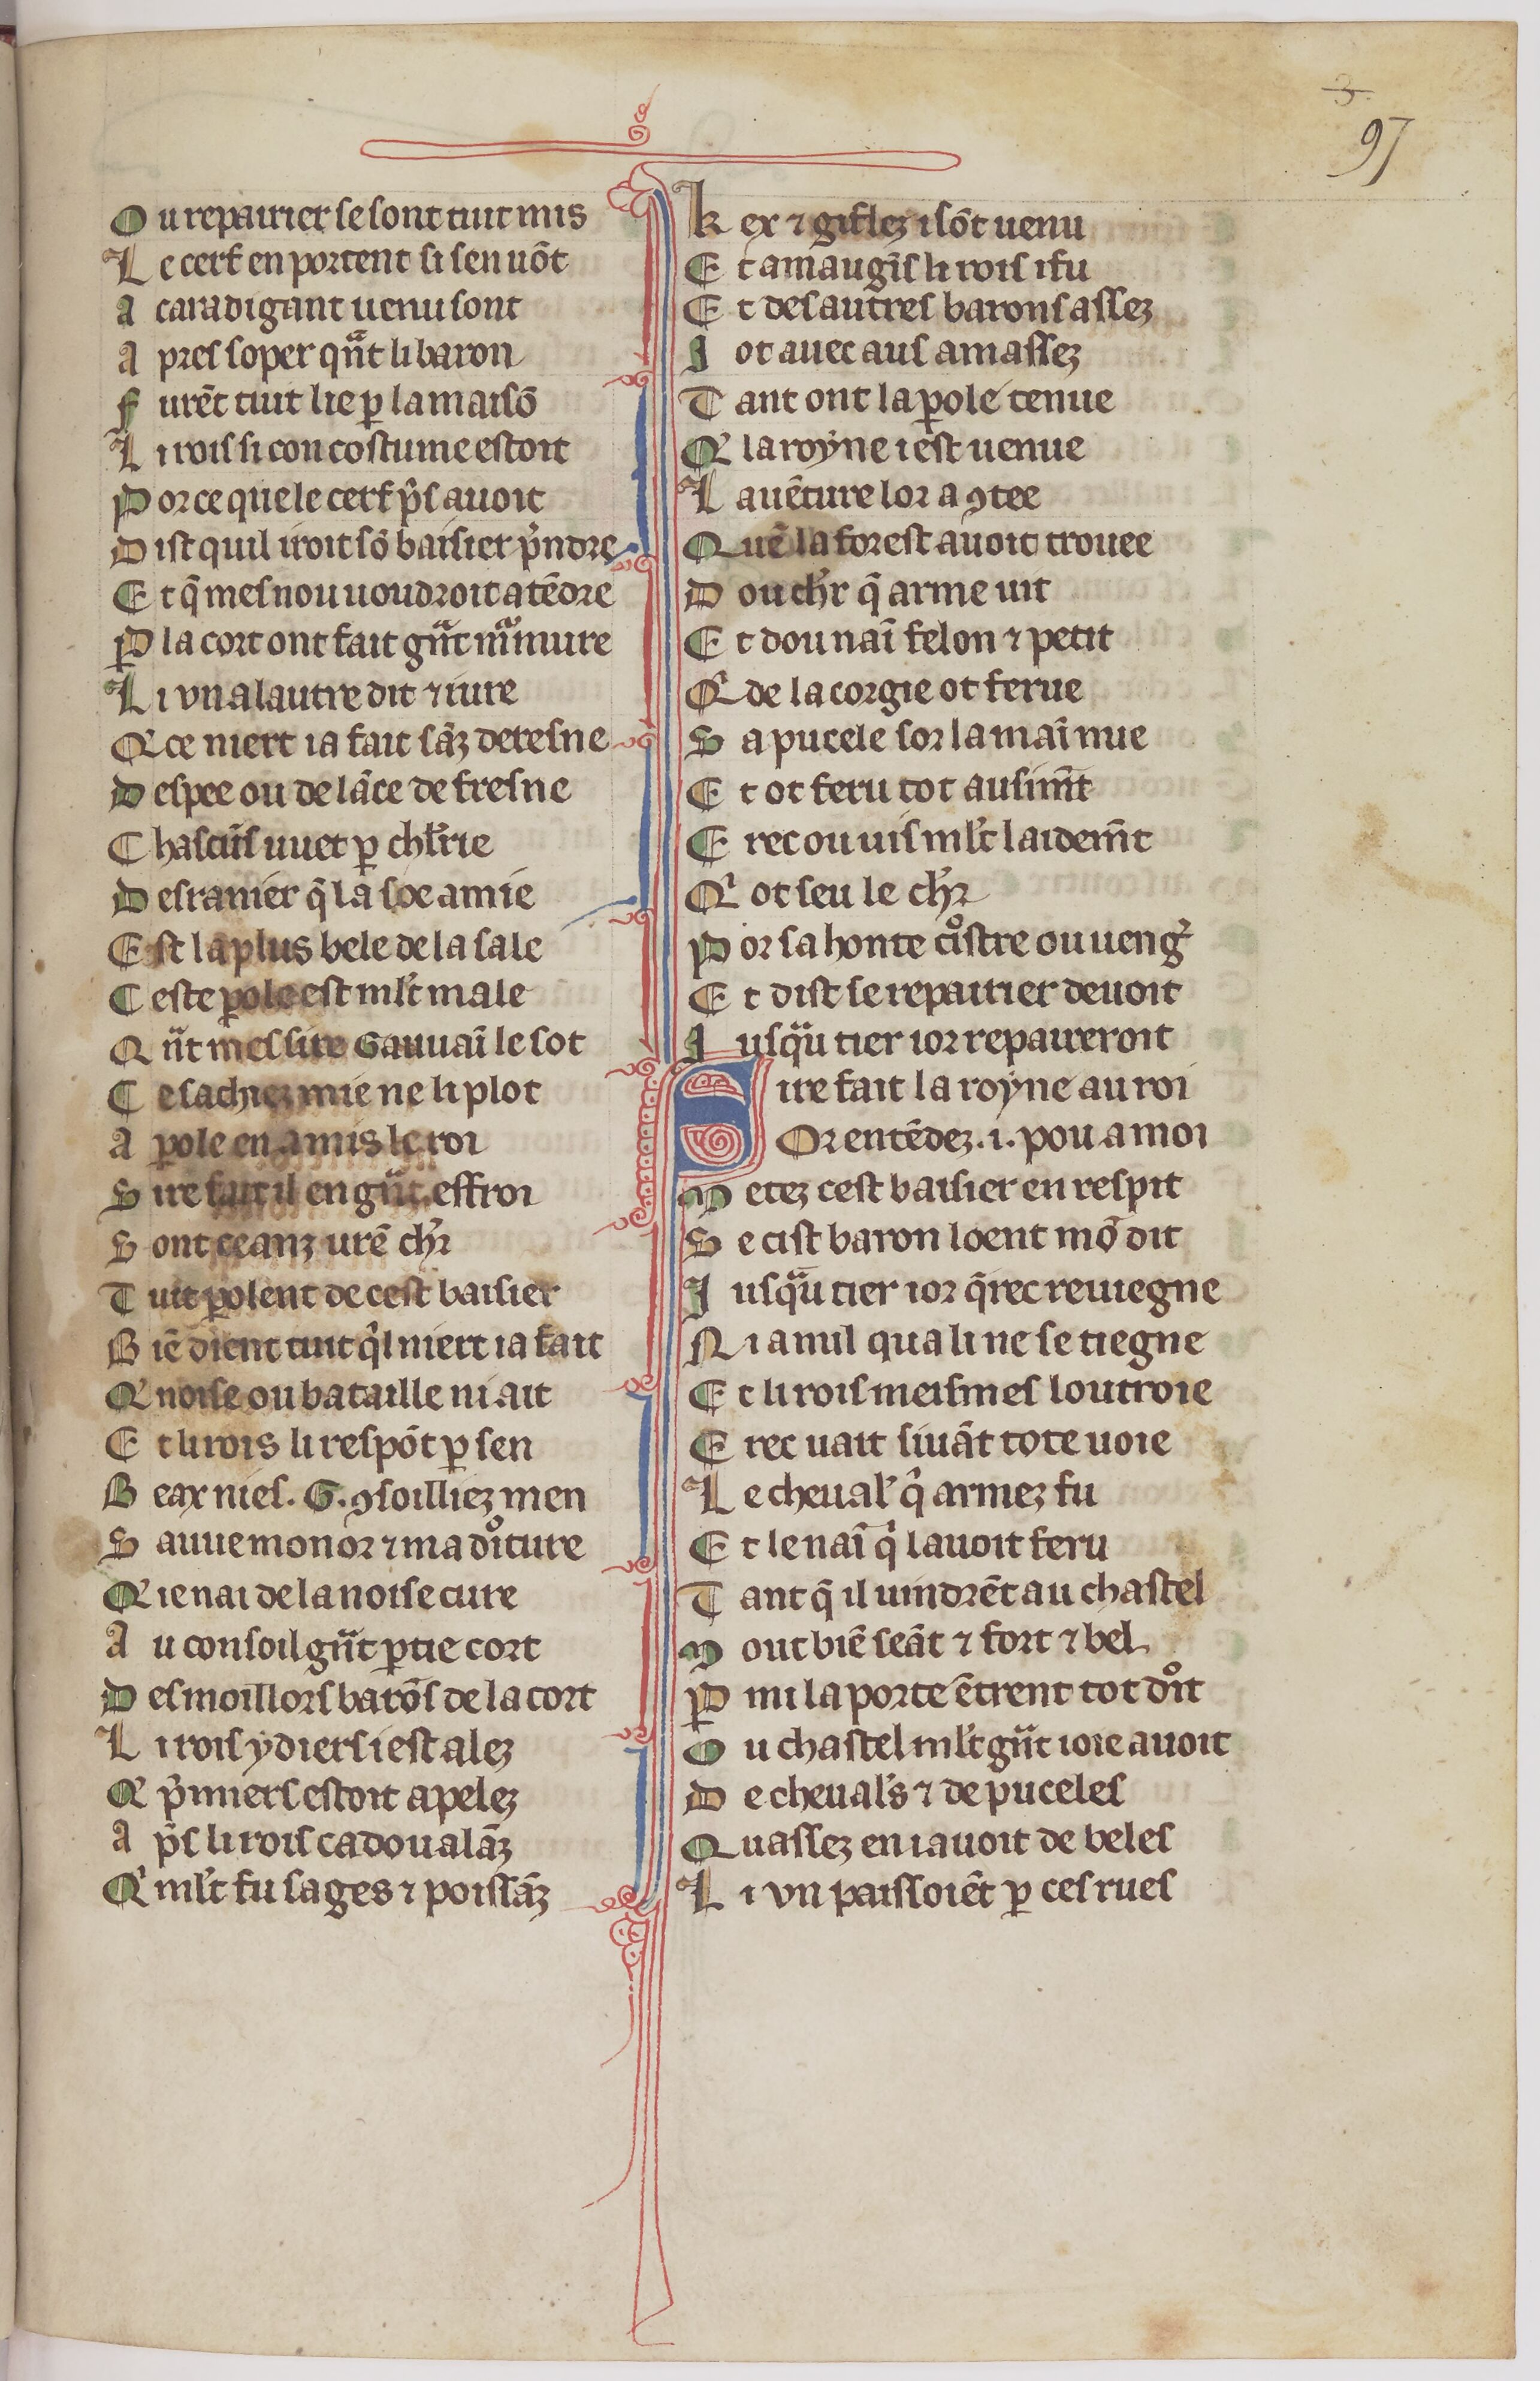
Shelfmark: Paris, BnF, fr. 1376
Century: 14